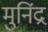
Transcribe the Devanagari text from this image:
मुनिंद्र